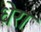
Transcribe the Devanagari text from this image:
धेरा